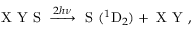
\mathrm { ~ X ~ Y ~ S ~ } \xrightarrow { 2 h \nu } \mathrm { ~ S ~ } ( ^ { 1 } \mathrm { D } _ { 2 } ) + \mathrm { ~ X ~ Y ~ } ,